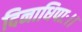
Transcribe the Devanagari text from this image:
दिनाधिपाः।।